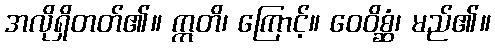
အလိုရှိတတ်၏။ ဣတိ၊ ကြောင့်။ ဝေဝိစ္ဆံ၊ မည်၏။